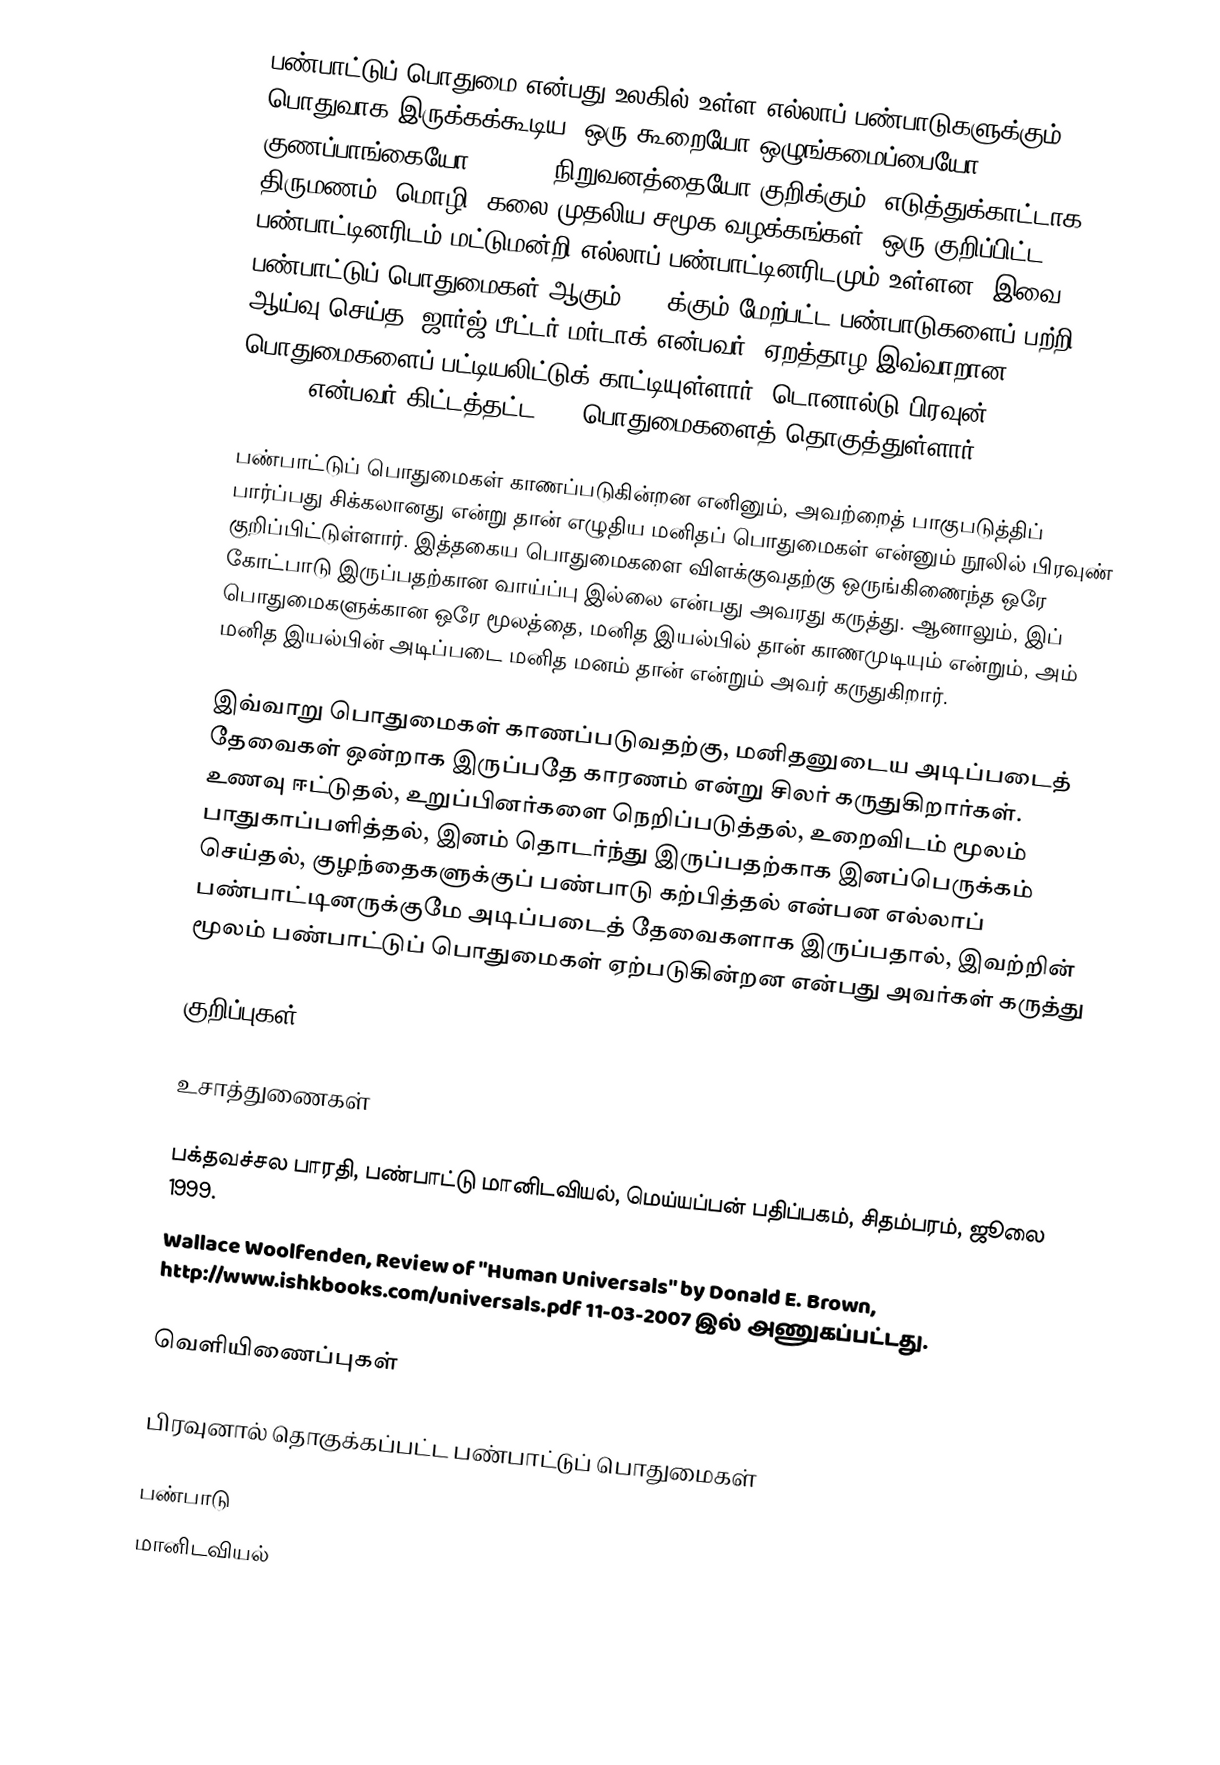
பண்பாட்டுப் பொதுமை என்பது உலகில் உள்ள எல்லாப் பண்பாடுகளுக்கும் பொதுவாக இருக்கக்கூடிய, ஒரு கூறையோ ஒழுங்கமைப்பையோ (pattern) குணப்பாங்கையோ (trait) நிறுவனத்தையோ குறிக்கும். எடுத்துக்காட்டாக, திருமணம், மொழி, கலை முதலிய சமூக வழக்கங்கள், ஒரு குறிப்பிட்ட பண்பாட்டினரிடம் மட்டுமன்றி எல்லாப் பண்பாட்டினரிடமும் உள்ளன. இவை பண்பாட்டுப் பொதுமைகள் ஆகும். 250க்கும் மேற்பட்ட பண்பாடுகளைப் பற்றி ஆய்வு செய்த, ஜார்ஜ் பீட்டர் மர்டாக் என்பவர், ஏறத்தாழ இவ்வாறான 70 பொதுமைகளைப் பட்டியலிட்டுக் காட்டியுள்ளார். டொனால்டு பிரவுன் (Donald E Brown) என்பவர் கிட்டத்தட்ட 200 பொதுமைகளைத் தொகுத்துள்ளார்.

பண்பாட்டுப் பொதுமைகள் காணப்படுகின்றன எனினும், அவற்றைத் பாகுபடுத்திப் பார்ப்பது சிக்கலானது என்று தான் எழுதிய மனிதப் பொதுமைகள் என்னும் நூலில் பிரவுண் குறிப்பிட்டுள்ளார். இத்தகைய பொதுமைகளை விளக்குவதற்கு ஒருங்கிணைந்த ஒரே கோட்பாடு இருப்பதற்கான வாய்ப்பு இல்லை என்பது அவரது கருத்து. ஆனாலும், இப் பொதுமைகளுக்கான ஒரே மூலத்தை, மனித இயல்பில் தான் காணமுடியும் என்றும், அம் மனித இயல்பின் அடிப்படை மனித மனம் தான் என்றும் அவர் கருதுகிறார்.

இவ்வாறு பொதுமைகள் காணப்படுவதற்கு, மனிதனுடைய அடிப்படைத் தேவைகள் ஒன்றாக இருப்பதே காரணம் என்று சிலர் கருதுகிறார்கள். உணவு ஈட்டுதல், உறுப்பினர்களை நெறிப்படுத்தல், உறைவிடம் மூலம் பாதுகாப்பளித்தல், இனம் தொடர்ந்து இருப்பதற்காக இனப்பெருக்கம் செய்தல், குழந்தைகளுக்குப் பண்பாடு கற்பித்தல் என்பன எல்லாப் பண்பாட்டினருக்குமே அடிப்படைத் தேவைகளாக இருப்பதால், இவற்றின் மூலம் பண்பாட்டுப் பொதுமைகள் ஏற்படுகின்றன என்பது அவர்கள் கருத்து

குறிப்புகள்

உசாத்துணைகள்

 பக்தவச்சல பாரதி, பண்பாட்டு மானிடவியல், மெய்யப்பன் பதிப்பகம், சிதம்பரம், ஜூலை 1999.
 Wallace Woolfenden, Review of "Human Universals" by Donald E. Brown, http://www.ishkbooks.com/universals.pdf  11-03-2007 இல் அணுகப்பட்டது.

வெளியிணைப்புகள்

பிரவுனால் தொகுக்கப்பட்ட பண்பாட்டுப் பொதுமைகள்

பண்பாடு
மானிடவியல்